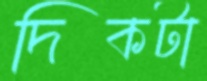
দিকটা